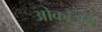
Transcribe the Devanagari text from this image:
ओकौउचि